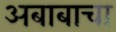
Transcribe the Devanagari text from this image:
अबाबाचा